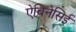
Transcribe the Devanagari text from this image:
ऐबिनेसिई